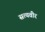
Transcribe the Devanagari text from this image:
सत्यवीर